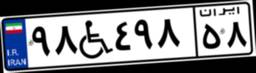
۴۱W۹۵۱۸۱